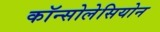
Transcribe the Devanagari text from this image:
कॉन्सोलेसियोन